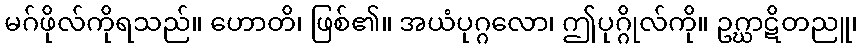
မဂ်ဖိုလ်ကိုရသည်။ ဟောတိ၊ ဖြစ်၏။ အယံပုဂ္ဂလော၊ ဤပုဂ္ဂိုလ်ကို။ ဥဂ္ဃာဋိတညူ၊